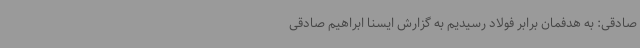
صادقی: به هدفمان برابر فولاد رسیدیم به گزارش ایسنا ابراهیم صادقی